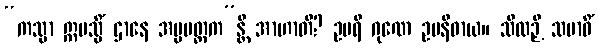
“ကသ္မာ ဣမသ္မိံ ဌာနေ အပ္ပမတ္တက”န္တိ အာဟာတိ? ဥပရိ ဂုဏေ ဥပနိဓာယ။ သီလဉှိ သမာဓိံ